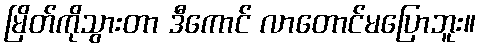
မြိတ်ကိုသွားတာ ဒီကောင် လာတောင်မပြောဘူး။